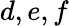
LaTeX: d,e,f